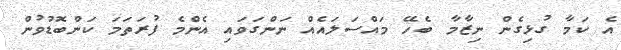
އެ ކަމާ ގުޅިގެން ނިޒާމާ ބެހޭ މައްސަލައެއް ނަންގަވައި އެންމެ ފުރަތަމަ ކަންބޮޑުވުން